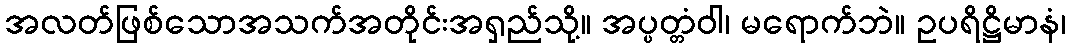
အလတ်ဖြစ်သောအသက်အတိုင်းအရှည်သို့။ အပ္ပတ္တံဝါ၊ မရောက်ဘဲ။ ဥပရိဋ္ဌိမာနံ၊